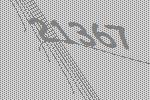
21367